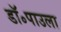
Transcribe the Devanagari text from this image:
डॉ॰पाउला